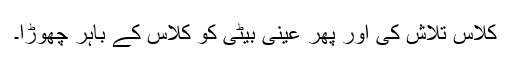
کلاس تلاش کی اور پھر عینی بیٹی کو کلاس کے باہر چھوڑا۔